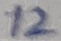
Text: 12